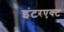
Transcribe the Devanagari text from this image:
इंटरएक्ट